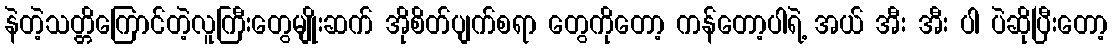
နဲတဲ့သတ္တိကြောင်တဲ့လူကြီးတွေမျိုးဆက် အိုစိတ်ပျက်စရာ တွေကိုတော့ ကန်တော့ပါရဲ့ အယ် အီး အီး ပါ ပဲဆိုပြီးတော့